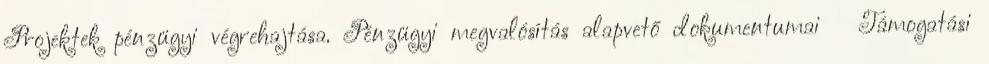
Projektek pénzügyi végrehajtása. Pénzügyi megvalósítás alapvető dokumentumai  Támogatási